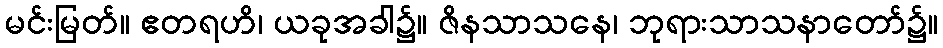
မင်းမြတ်။ ဧတရဟိ၊ ယခုအခါ၌။ ဇိနသာသနေ၊ ဘုရားသာသနာတော်၌။